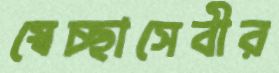
স্বেচ্ছাসেবীর